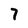
Character: 7